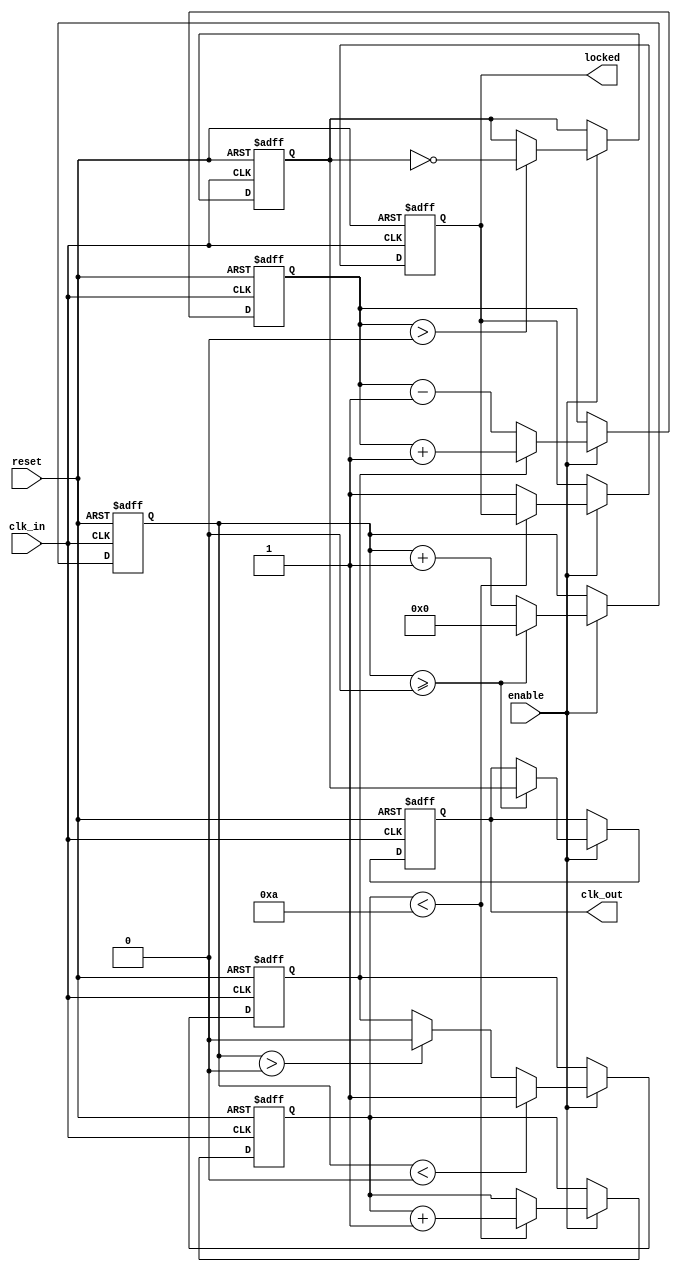
module parameterized_PLL #(
    parameter INPUT_FREQ = 50,       // Input clock frequency in MHz
    parameter OUTPUT_FREQ = 100,      // Desired output clock frequency in MHz
    parameter PHASE_OFFSET = 0,       // Phase offset in degrees
    parameter LOCK_TIME = 10,          // Lock time in clock cycles
    parameter NUM_STAGES = 4           // Number of stages in the feedback loop
) (
    input wire clk_in,                // Input clock signal
    input wire reset,                 // Asynchronous reset signal
    input wire enable,                // Enable signal
    output reg clk_out,               // Output clock signal
    output reg locked                 // Lock status signal
);

    reg [NUM_STAGES-1:0] phase_accumulator;  // Phase accumulator
    reg [NUM_STAGES-1:0] frequency_divider;  // Frequency divider
    reg error_signal;                       // Phase error signal
    reg [NUM_STAGES-1:0] control_voltage;    // Control voltage for VCO
    reg [4:0] lock_counter;                  // Lock counter

    // VCO output generation
    reg vco_output;                          // Output of the voltage-controlled oscillator

    // Phase Detection (Behavioral Model)
    always @(posedge clk_in or posedge reset) begin
        if (reset) begin
            phase_accumulator <= 0;
            frequency_divider <= 0;
            error_signal <= 0;
            control_voltage <= 0;
            vco_output <= 0;
            clk_out <= 0;
            locked <= 0;
            lock_counter <= 0;
        end else if (enable) begin
            // Phase detection (simplified)
            if (frequency_divider < INPUT_FREQ / OUTPUT_FREQ) begin
                error_signal <= 1; // Assume we need to increase frequency
            end else if (frequency_divider > INPUT_FREQ / OUTPUT_FREQ) begin
                error_signal <= 0; // Assume we need to decrease frequency
            end
            
            // Control voltage adjustment
            if (error_signal) begin
                control_voltage <= control_voltage + 1; // Increase
            end else begin
                control_voltage <= control_voltage - 1; // Decrease
            end
            
            // VCO behavior
            if (control_voltage > 0) begin
                vco_output <= ~vco_output; // Toggle VCO output
            end
            
            // Frequency Divider
            frequency_divider <= frequency_divider + 1;
            if (frequency_divider >= (INPUT_FREQ / OUTPUT_FREQ)) begin
                clk_out <= vco_output;
                frequency_divider <= 0;
            end
            
            // Locking mechanism
            if (lock_counter < LOCK_TIME) begin
                lock_counter <= lock_counter + 1;
            end else begin
                locked <= 1; // PLL is locked
            end
        end
    end

endmodule